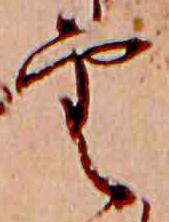
雲